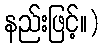
နည်းဖြင့်။)